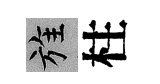
旌柱